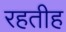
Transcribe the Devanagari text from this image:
रहतीह